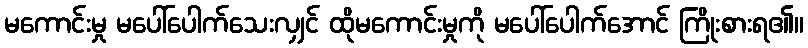
မကောင်းမှု မပေါ်ပေါက်သေးလျှင် ထိုမကောင်းမှုကို မပေါ်ပေါက်အောင် ကြိုးစားရ၏။